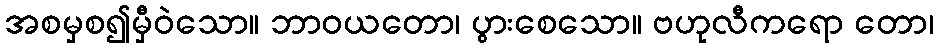
အစမှစ၍မှီဝဲသော။ ဘာဝယတော၊ ပွားစေသော။ ဗဟုလီကရော တော၊